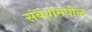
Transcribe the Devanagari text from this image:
संबंधांमधील